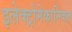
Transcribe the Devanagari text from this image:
इलेक्ट्रोमेकानिकल